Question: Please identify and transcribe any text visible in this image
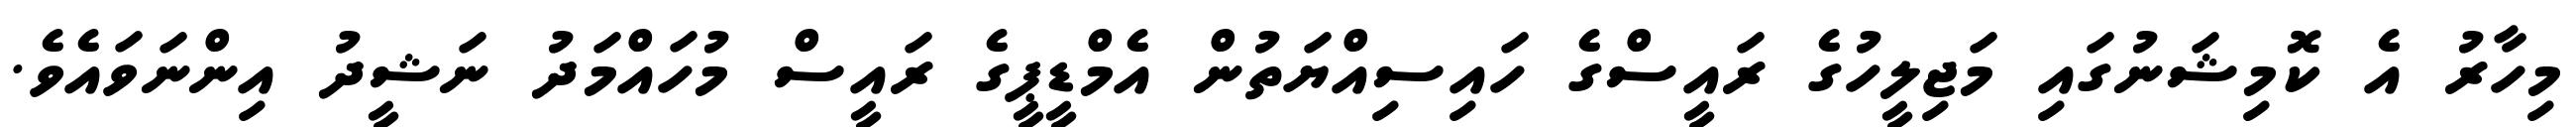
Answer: މިހާރު އެ ކޮމިޝަނުގައި މަޖިލީހުގެ ރައީސްގެ ހައިސިއްޔަތުން އެމްޑީޕީގެ ރައީސް މުހައްމަދު ނަޝީދު އިންނަވައެވެ.